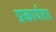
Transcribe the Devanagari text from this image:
प्रकार्यता।